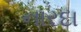
નારદા